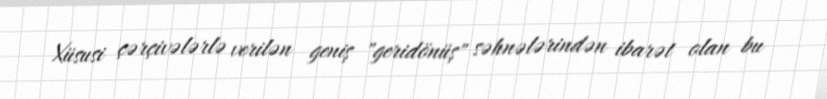
Xüsusi çərçivələrlə verilən geniş "geridönüş" səhnələrindən ibarət olan bu